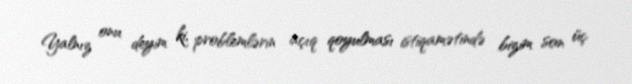
Yalnız onu deyim ki, problemlərin açıq qoyulması istiqamətində bizim son üç